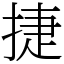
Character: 捷